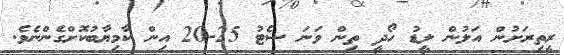
ރީތިރަށުން އަލުން ލީޑު ހޯދީ ތިން ވަނަ ސެޓު 25-20 އިން ކާމިޔާބުކޮށްގެންނެވެ.